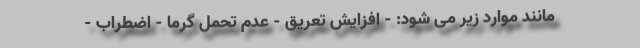
مانند موارد زیر می شود: - افزایش تعریق - عدم تحمل گرما - اضطراب -